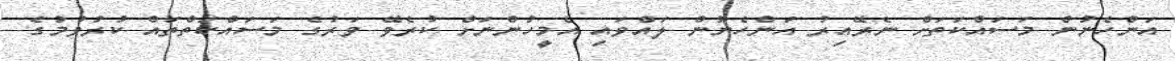
އަންހެނުން މަސައްކަތަށް ނެރޭއިރު އަންހެނުން ލައްވައި އެމީހުންނަށް ކުރެވޭ ވަރުގެ މަސައްކަތްތައް ކުރުވުމުގެ